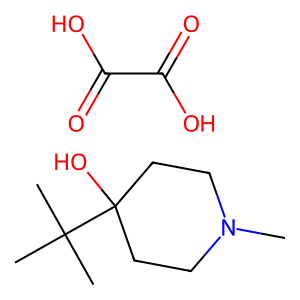
SMILES: CN1CCC(O)(C(C)(C)C)CC1.O=C(O)C(=O)O
Inhibits HIV replication: No